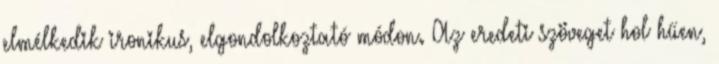
elmélkedik ironikus, elgondolkoztató módon. Az eredeti szöveget hol hűen,